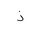
Letter: _thal